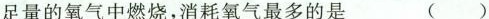
足量的氧气中燃烧，消耗氧气最多的是 ()